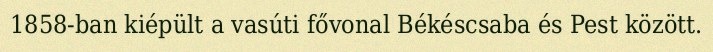
1858-ban kiépült a vasúti fővonal Békéscsaba és Pest között.